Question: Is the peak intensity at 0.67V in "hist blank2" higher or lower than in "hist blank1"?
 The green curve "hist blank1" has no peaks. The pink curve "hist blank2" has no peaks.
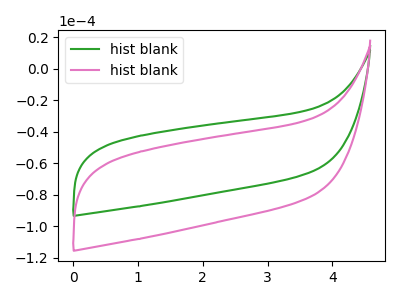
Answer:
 <answer>"hist blank2" and "hist blank1" dont share a peak at 0.67V.</answer>
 <eval>mismatch</eval>